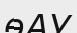
өАУ